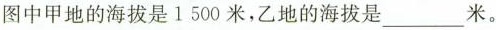
图中甲地的海拔是1500米，乙地的海拔是___米。